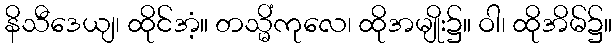
နိသီဒေယျ၊ ထိုင်အံ့။ တသ္မိံကုလေ၊ ထိုအမျိုး၌။ ဝါ၊ ထိုအိမ်၌။